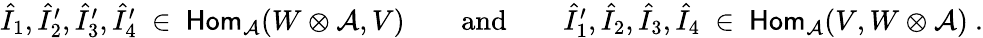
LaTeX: \begin{array}{r}{\hat{I}_{1},\hat{I}_{2}^{\prime},\hat{I}_{3}^{\prime},\hat{I}_{4}^{\prime}\ \in\ \mathsf{Hom}_{\mathcal{A}}(W\otimes\mathcal{A},V)\qquad\mathrm{and}\qquad\hat{I}_{1}^{\prime},\hat{I}_{2},\hat{I}_{3},\hat{I}_{4}\ \in\ \mathsf{Hom}_{\mathcal{A}}(V,W\otimes\mathcal{A})\ .}\end{array}